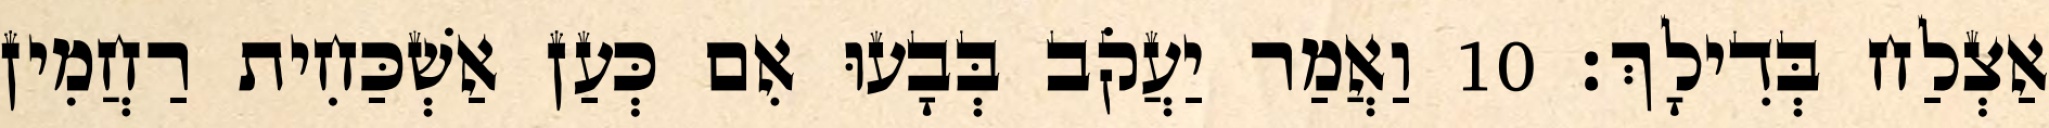
אַצְלַח בְּדִילָךְ׃ 10 וַאֲמַר יַעֲקֹב בְּבָעוּ אִם כְּעַן אַשְׁכַּחִית רַחֲמִין